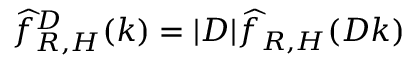
\widehat { f } _ { R , H } ^ { D } ( k ) = | D | \widehat { f } _ { R , H } ( D k )